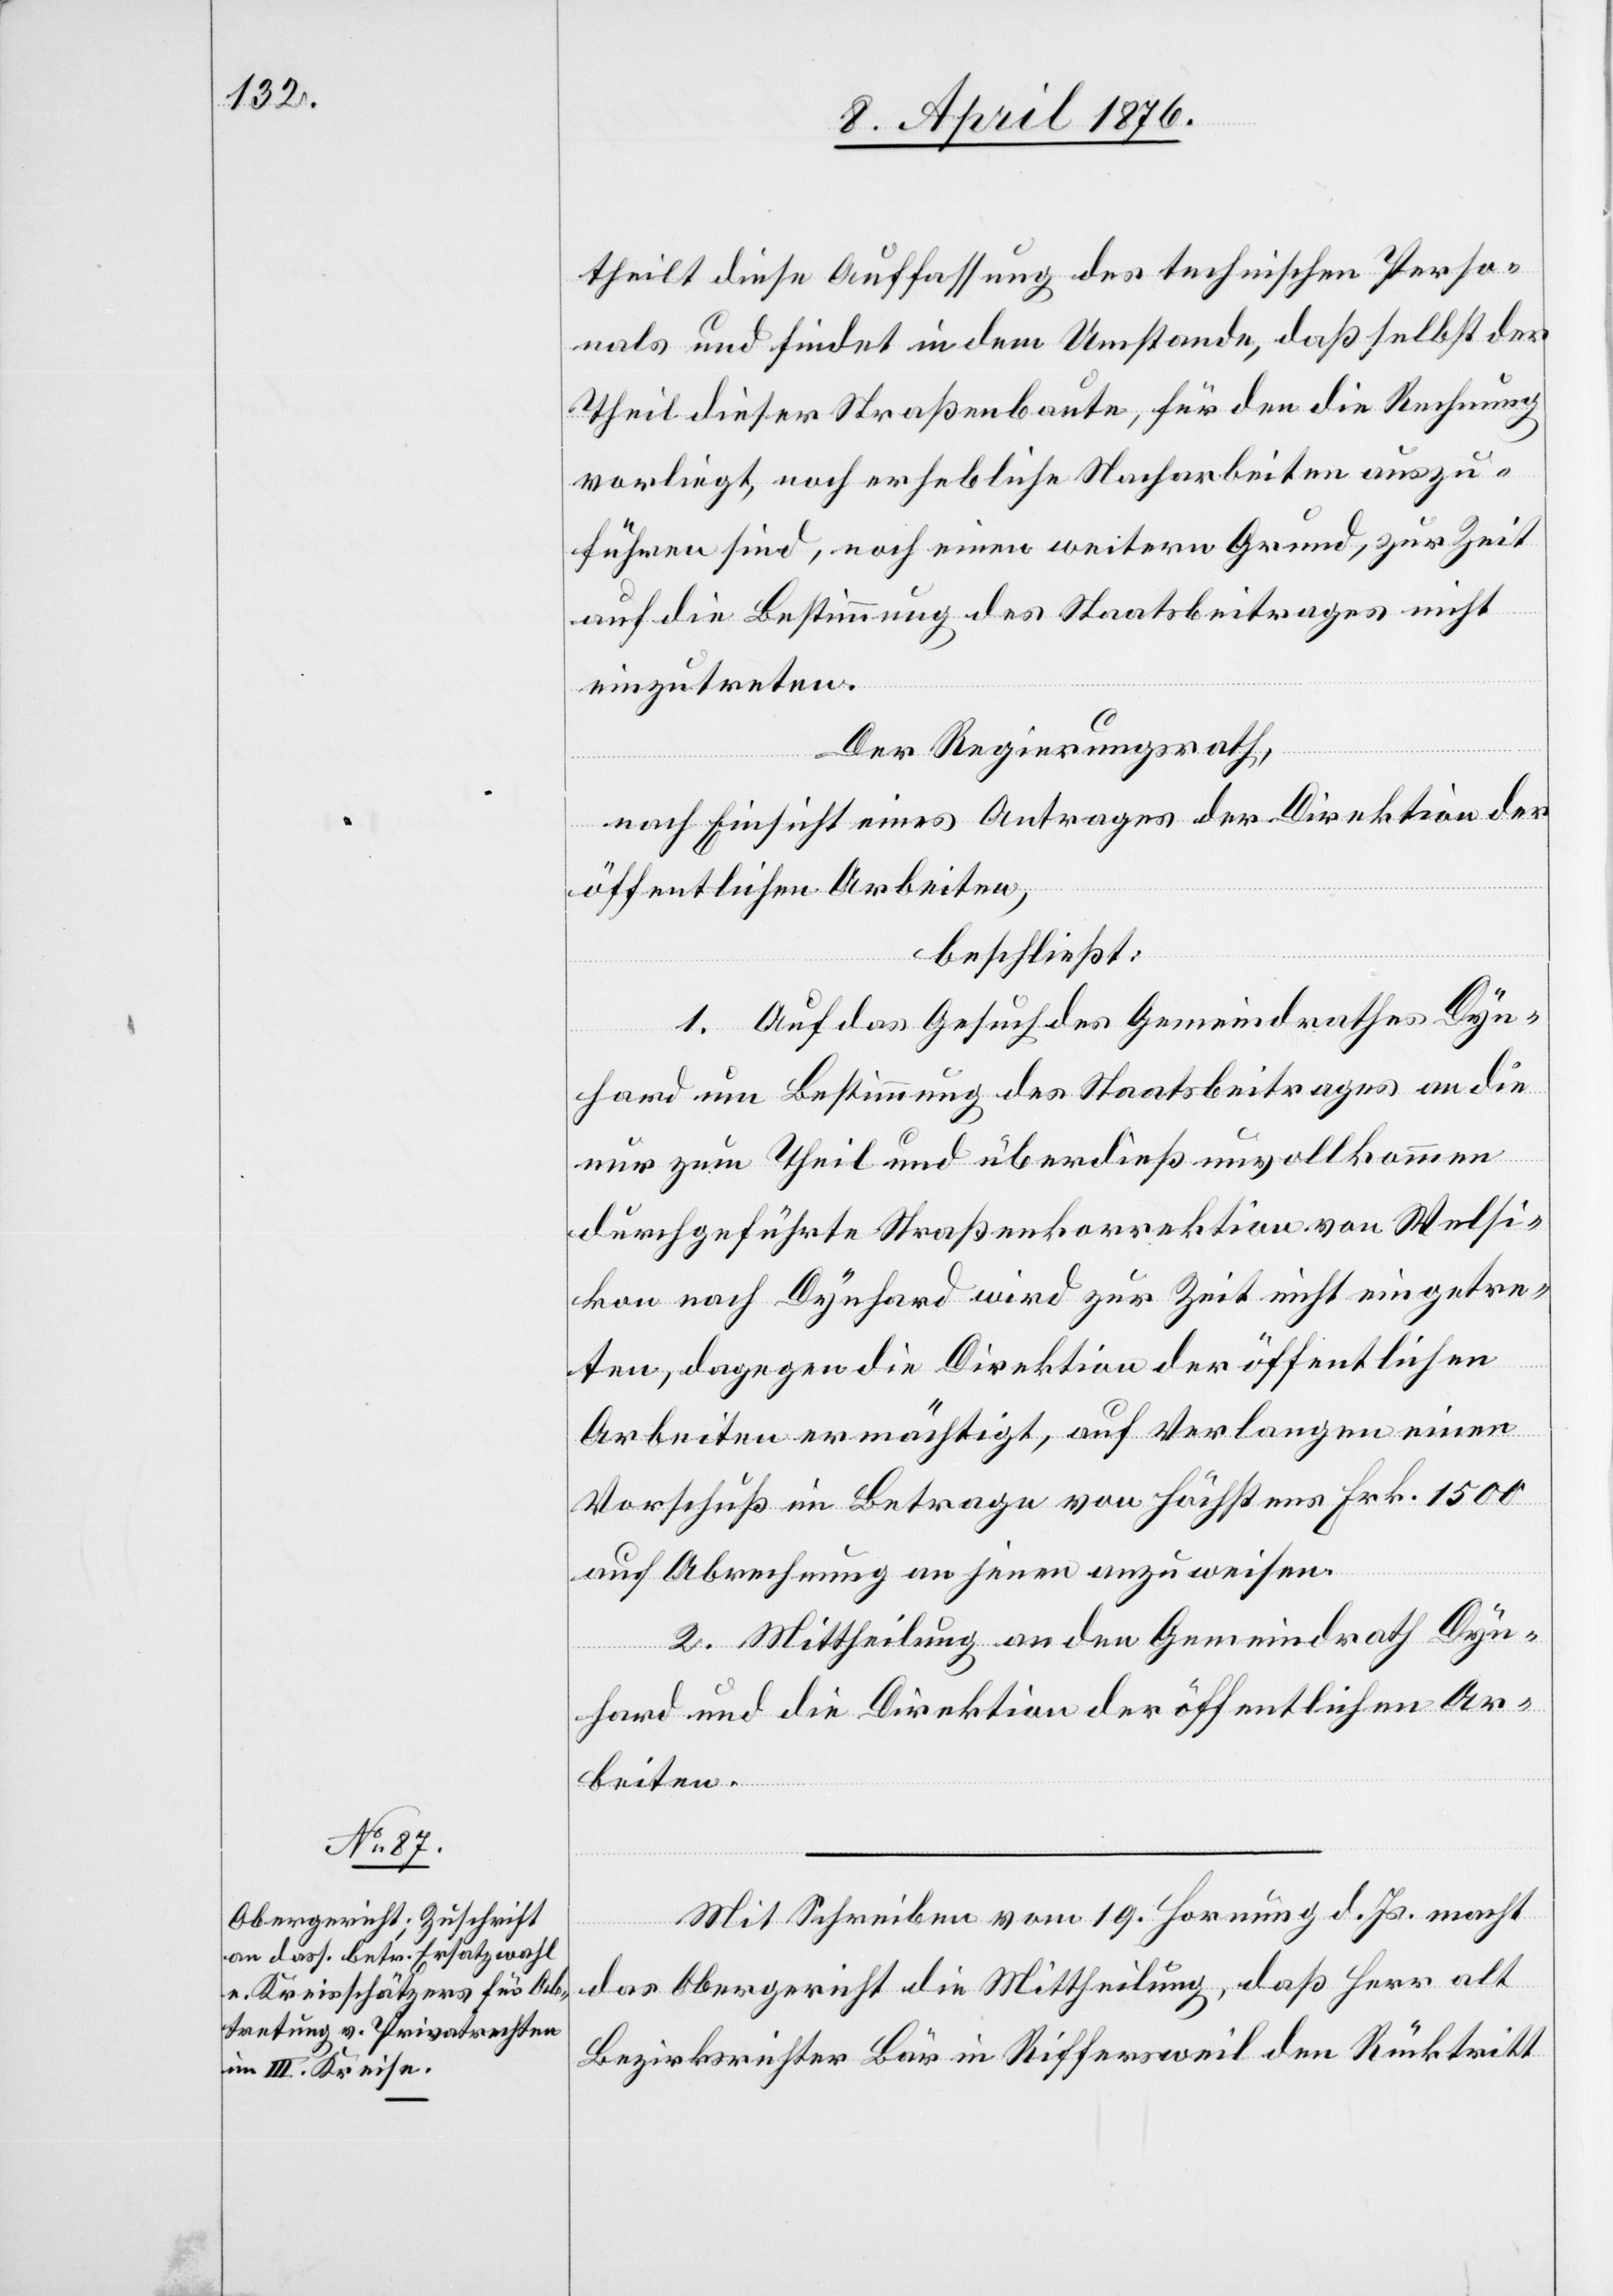
theilt diese Auffassung des technischen Perso¬
nals und findet in dem Umstande, daß selbst der
Theil dieser Straßenbaute, für den die Rechnung
vorliegt, noch erhebliche Nacharbeiten auszu¬
führen sind, noch einen weitern Grund, zur Zeit
auf die Bestimmung des Staatsbeitrages nicht
einzutreten.
Der Regierungsrath,
nach Einsicht eines Antrages der Direktion der
öffentlichen Arbeiten,
beschließt:
1. Auf das Gesuch des Gemeindrathes Dyn¬
hard um Bestimmung des Staatsbeitrages an die
nur zum Theil und überdieß unvollkommen
durchgeführte Straßenkorrektion von Welsi¬
kon nach Dynhard wird zur Zeit nicht eingetre¬
ten, dagegen die Direktion der öffentlichen
Arbeiten ermächtigt, auf Verlangen einen
Vorschuß im Betrage von höchstens Frk. 1500
auf Abrechnung an jede anzuweisen.
2. Mittheilung an den Gemeindrath Dyn¬
hard und die Direktion der öffentlichen Ar¬
beiten.
Mit Schreiben vom 19. Hornung d. Js. macht
das Obergericht die Mittheilung, daß Herr alt
Bezirksrichter Bär in Riffersweil den Rücktritt